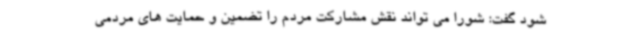
شود گفت: شورا می تواند نقش مشارکت مردم را تضمین و حمایت های مردمی